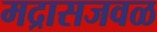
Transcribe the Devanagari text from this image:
मद्रासजवळ